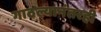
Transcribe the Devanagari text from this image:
गाठल्यानंतरही